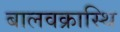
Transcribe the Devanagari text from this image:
बालवक्रास्थि